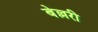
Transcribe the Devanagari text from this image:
बेल्लरी